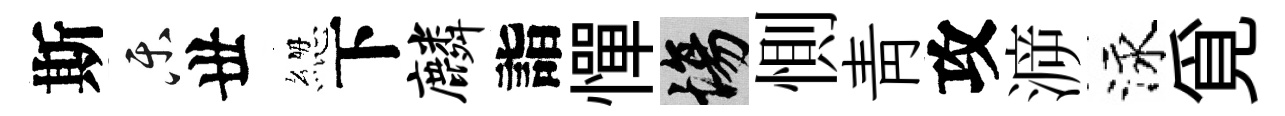
斯乐丗緫下麟詣憚場惻青攻㴑泳覓